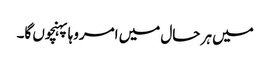
میں ہر حال میں امروہا پہنچوں گا۔